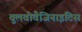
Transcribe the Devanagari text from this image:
वुलवोवैजिनाइटिस